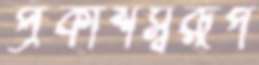
প্রকাশস্বরূপ